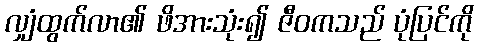
လျှံထွက်လာ၏ ဖိအားသုံး၍ ဇီဝကသည် ပုံပြင်ကို